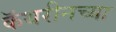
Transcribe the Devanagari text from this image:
कॅथरीनच्या